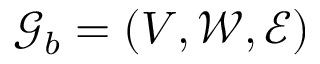
\mathcal { G } _ { b } = ( V , \mathcal { W } , \mathcal { E } )